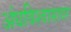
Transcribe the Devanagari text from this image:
अंधविश्वासावर